Annual report of the Punjab Veterinary College and of the Civil Veterinary Department, Punjab - 1909-1919
Year: 1909
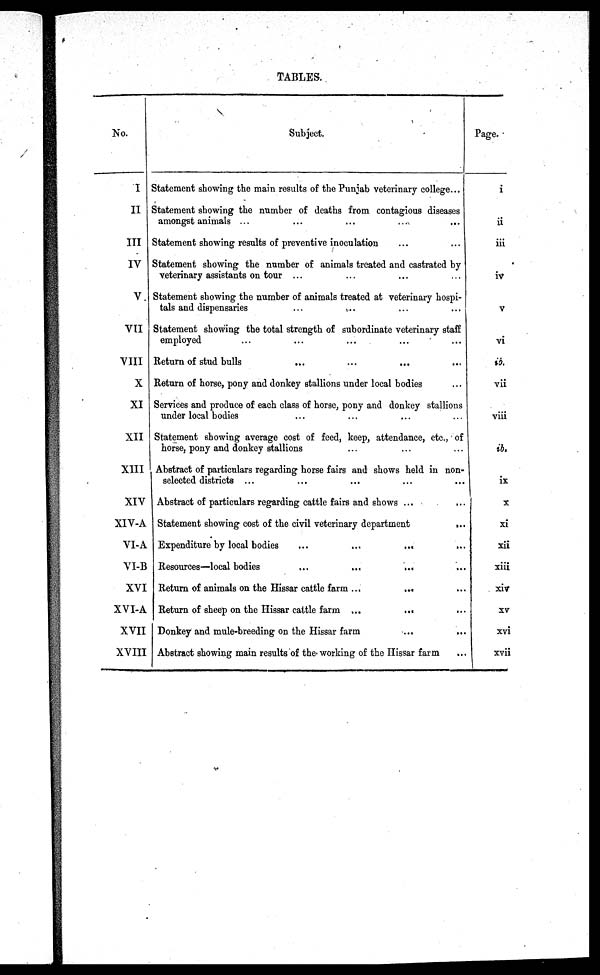
TABLES.
No.
I
II
III
IV
V.
VII
VIII
X
XI
XII
XIII
XIV
XIV-A
VI-A
VI-B
XVI
XVI-A
XVII
XVIII
Subject.
Statement showing the main results of the Punjab veterinary college...
Statement showing the number of deaths from contagious diseases
amongst animals ...
Statement showing results of preventive inoculation
Statement showing the number of animals treated and castrated by
veterinary assistants on tour ... ... ...
Statement showing the number of animals treated at veterinary hospi-
tals and dispensaries
...
....
Statement showing the total strength of subordinate veterinary staff
employed ... .... ... ... ...
Return of stud bulls ... ... ... ...
Return of horse, pony and donkey stallions under local bodies ...
Services and produce of each class of horse, pony and donkey stallions
under local bodies ... ... ...
Statement showing average cost of feed, keep, attendance, etc., of
horse, pony and donkey stallions ... ... ...
Abstract of particulars regarding horse fairs and shows held in non-
selected districts ... ... ... ... ...
Abstract of particulars regarding cattle fairs and shows ... ...
Statement showing cost of the civil veterinary department
...
Expenditure by local bodies
...
...
...
Resources—local bodies ... ...
Return of animals on the Hissar cattle farm ...
...
Return of sheep on the Hissar cattle farm ...
...
Donkey and mule-breeding on the Hissar farm
...
...
Abstract showing main results of the working of the Hissar farm
Page.
i
ii
iii
iv
v
vi
id.
vii
viii
ib.
ix
x
xi
xii
xiii
xiv
xv
xvi
xvii